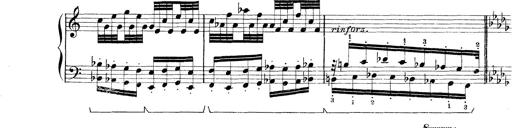
Title: Rapsodie: 19 ungheresi, 1 spagnuola
Composer: Franz Liszt